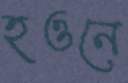
হওনে